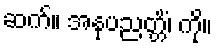
ဆက်။ အနုပညတ္တိံ၊ ကို။